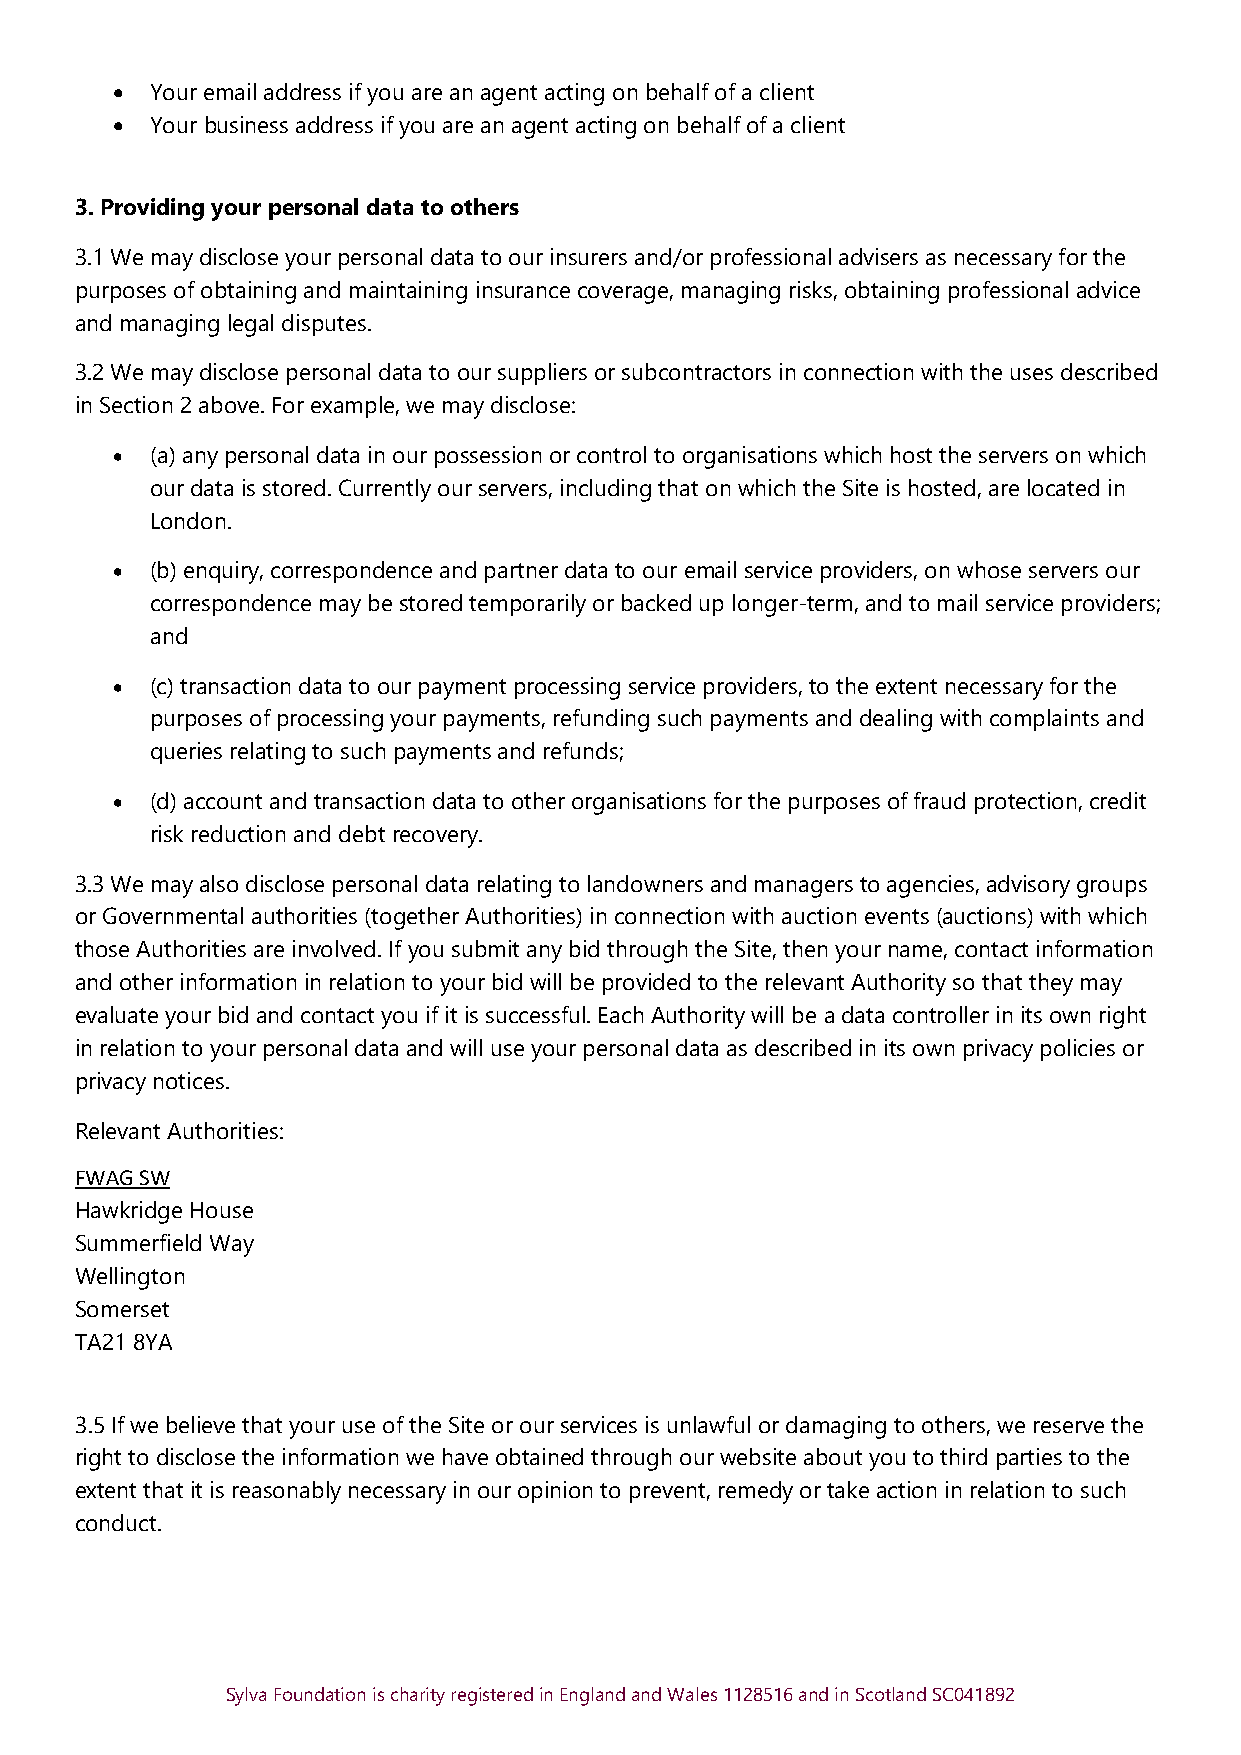
•  Your email address if you are an agent acting on behalf of a client
 •  Your business address if you are an agent acting on behalf of a client
 3. Providing your personal data to others
 3.1 We may disclose your personal data to our insurers and/or professional advisers as necessary for the
 purposes of obtaining and maintaining insurance coverage, managing risks, obtaining professional advice
 and managing legal disputes.
 3.2 We may disclose personal data to our suppliers or subcontractors in connection with the uses described
 in Section 2 above. For example, we may disclose:
 •  (a) any personal data in our possession or control to organisations which host the servers on which
 our data is stored. Currently our servers, including that on which the Site is hosted, are located in
 London.
 •  (b) enquiry, correspondence and partner data to our email service providers, on whose servers our
 correspondence may be stored temporarily or backed up longer-term, and to mail service providers;
 and
 •  (c) transaction data to our payment processing service providers, to the extent necessary for the
 purposes of processing your payments, refunding such payments and dealing with complaints and
 queries relating to such payments and refunds;
 •  (d) account and transaction data to other organisations for the purposes of fraud protection, credit
 risk reduction and debt recovery.
 3.3 We may also disclose personal data relating to landowners and managers to agencies, advisory groups
 or Governmental authorities (together Authorities) in connection with auction events (auctions) with which
 those Authorities are involved. If you submit any bid through the Site, then your name, contact information
 and other information in relation to your bid will be provided to the relevant Authority so that they may
 evaluate your bid and contact you if it is successful. Each Authority will be a data controller in its own right
 in relation to your personal data and will use your personal data as described in its own privacy policies or
 privacy notices.
 Relevant Authorities:
 FWAG SW
 Hawkridge House
 Summerfield Way
 Wellington
 Somerset
 TA21 8YA
 3.5 If we believe that your use of the Site or our services is unlawful or damaging to others, we reserve the
 right to disclose the information we have obtained through our website about you to third parties to the
 extent that it is reasonably necessary in our opinion to prevent, remedy or take action in relation to such
 conduct.
 Sylva Foundation is charity registered in England and Wales 1128516 and in Scotland SC041892